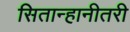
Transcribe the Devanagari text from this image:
सितान्हानीतरी